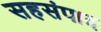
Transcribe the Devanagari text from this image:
सहसंपाद